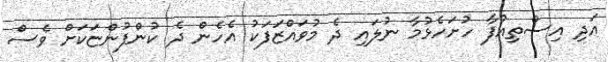
އަދި އިސްތިއުފާ ހުށަހެޅުމާ ނުލައި ދެ މުވައްޒަފަކު އެހެން ދެ ކުންފުންޏަކަށް ވެސް